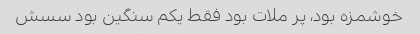
خوشمزه بود، پر ملات بود فقط یکم سنگین بود سسش